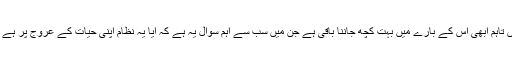
سائنسدان اس نظامِ شمسی پر گزشتہ سولہ سال سے نظررکھے ہوئے ہیں تاہم ابھی اس کے بارے میں بہت کچھ جاننا باقی ہے جن میں سب سے اہم سوال یہ ہے کہ آیا یہ نظام اپنی حیات کے عروج پر ہے یا اپنی تمام تر توانائیاں خرچ کر کے اپنے انجام کی جانب بڑھ رہا ہے۔